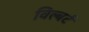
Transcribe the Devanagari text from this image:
विल्बर्ट